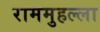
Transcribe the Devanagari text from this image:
राममुहल्ला